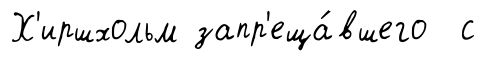
Х'иршхольм запр'еща́вшего с